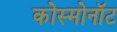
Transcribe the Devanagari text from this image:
कोस्मोनॉट